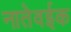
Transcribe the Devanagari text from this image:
नातेवईक